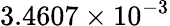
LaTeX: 3.4607\times 10^{-3}